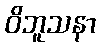
ဝိဘူသနာ